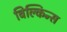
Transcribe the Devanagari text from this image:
बिल्किन्स